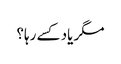
مگر یاد کسے رہا؟